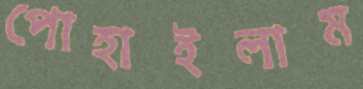
পোহাইলাম